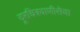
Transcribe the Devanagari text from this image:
दूरचित्रवाणीसेवा